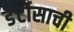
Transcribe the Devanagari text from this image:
डेर्टोसाची